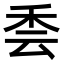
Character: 𮂳